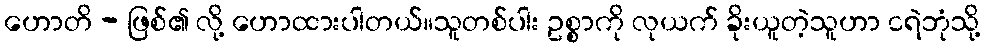
ဟောတိ - ဖြစ်၏ လို့ ဟောထားပါတယ်။သူတစ်ပါး ဥစ္စာကို လုယက် ခိုးယူတဲ့သူဟာ ငရဲဘုံသို့